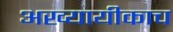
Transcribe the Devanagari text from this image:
अख्यायीकाच